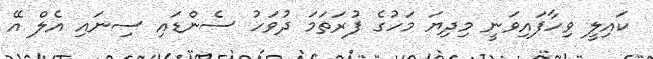
ކައިލީ ވިހާފައިވަނީ މިދިޔަ މަހުގެ ފުރަތަމަ ދުވަހު ސެންޑައި ސިނައި އެލް އޭ